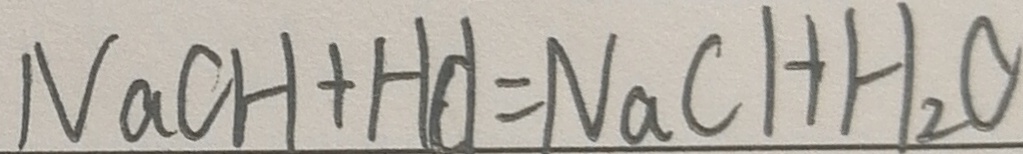
N a C H + H C l = N a C H H _ { 2 } O